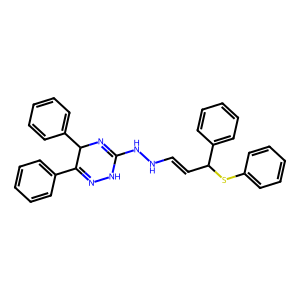
SMILES: C(=CC(Sc1ccccc1)c1ccccc1)NNC1=NC(c2ccccc2)C(c2ccccc2)=NN1
Inhibits HIV replication: No